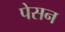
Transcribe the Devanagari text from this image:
पेसन